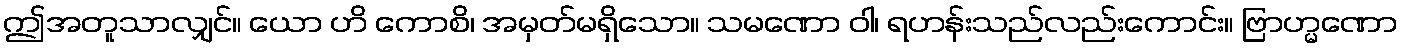
ဤအတူသာလျှင်။ ယော ဟိ ကောစိ၊ အမှတ်မရှိသော။ သမဏော ဝါ၊ ရဟန်းသည်လည်းကောင်း။ ဗြာဟ္မဏော